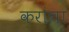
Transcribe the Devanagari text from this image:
करांचा